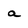
Character: a